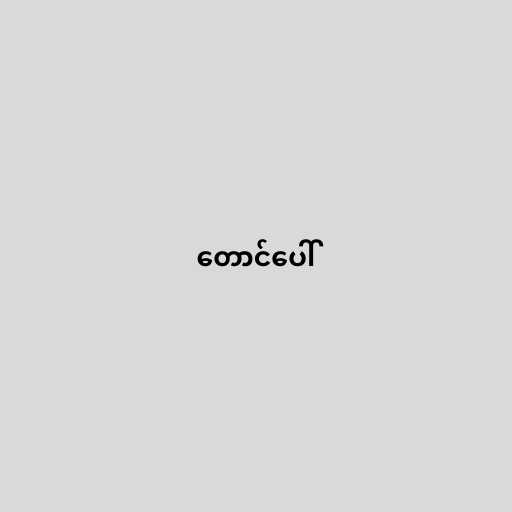
တောင်ပေါ်